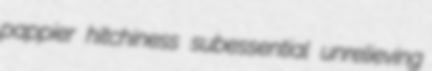
pappier hitchiness subessential unrelieving